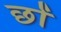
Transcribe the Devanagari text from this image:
छों